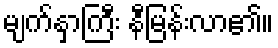
မျက်နှာကြီး နီမြန်းလာ၏။